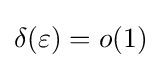
\delta (\varepsilon )=o(1)